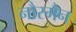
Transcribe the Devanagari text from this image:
नौरमैन